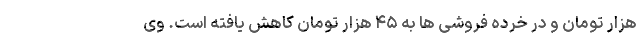
هزار تومان و در خرده فروشی ها به ۴۵ هزار تومان کاهش یافته است. وی